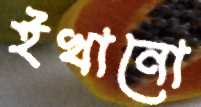
ইখানো